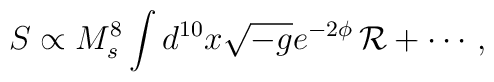
S\propto{M_s^8}\int d^{10} x \sqrt{-g} e^{-2\phi} \, {\cal R} + \cdots\,,